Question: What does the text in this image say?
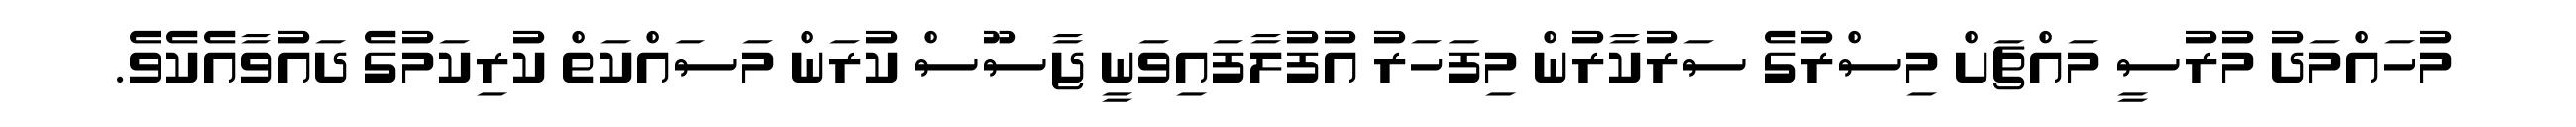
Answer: މުހައްމަދު މުރުސީ މައްޗަށް މިސްރުގެ ސަރުކާރުން މިފަހަރު އުފުލާފައިވަނީ ޖާސޫސް ކުރަން މަސައްކަތް ކުރިކަމުގެ ދައުވާއެކެވެ.